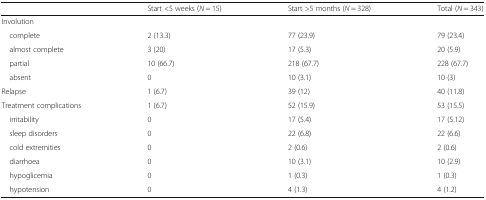
<table><thead><tr><td></td><td><b>Start &lt;5 weeks (<i>N</i> = 15)</b></td><td><b>Start &gt;5 months (<i>N</i> = 328)</b></td><td><b>Total (<i>N</i> = 343)</b></td></tr></thead><tbody><tr><td colspan="4">Involution</td></tr><tr><td> complete</td><td>2 (13.3)</td><td>77 (23.9)</td><td>79 (23.4)</td></tr><tr><td> almost complete</td><td>3 (20)</td><td>17 (5.3)</td><td>20 (5.9)</td></tr><tr><td> partial</td><td>10 (66.7)</td><td>218 (67.7)</td><td>228 (67.7)</td></tr><tr><td> absent</td><td>0</td><td>10 (3.1)</td><td>10 (3)</td></tr><tr><td>Relapse</td><td>1 (6.7)</td><td>39 (12)</td><td>40 (11.8)</td></tr><tr><td>Treatment complications</td><td>1 (6.7)</td><td>52 (15.9)</td><td>53 (15.5)</td></tr><tr><td> irritability</td><td>0</td><td>17 (5.4)</td><td>17 (5.12)</td></tr><tr><td> sleep disorders</td><td>0</td><td>22 (6.8)</td><td>22 (6.6)</td></tr><tr><td> cold extremities</td><td>0</td><td>2 (0.6)</td><td>2 (0.6)</td></tr><tr><td> diarrhoea</td><td>0</td><td>10 (3.1)</td><td>10 (2.9)</td></tr><tr><td> hypoglicemia</td><td>0</td><td>1 (0.3)</td><td>1 (0.3)</td></tr><tr><td> hypotension</td><td>0</td><td>4 (1.3)</td><td>4 (1.2)</td></tr></tbody></table>